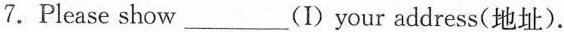
7.Please show___(I)your address(地址).